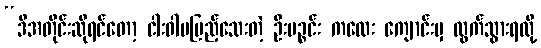
“ဒီအတိုင်းဆိုရင်တော့ ငါးဝါမပြည့်သေးတဲ့ ဦးပဉ္စင်း ကလေး ကျောင်းမှ ထွက်သွားရလို့